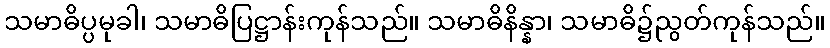
သမာဓိပ္ပမုခါ၊ သမာဓိပြဋ္ဌာန်းကုန်သည်။ သမာဓိနိန္နာ၊ သမာဓိ၌ညွတ်ကုန်သည်။